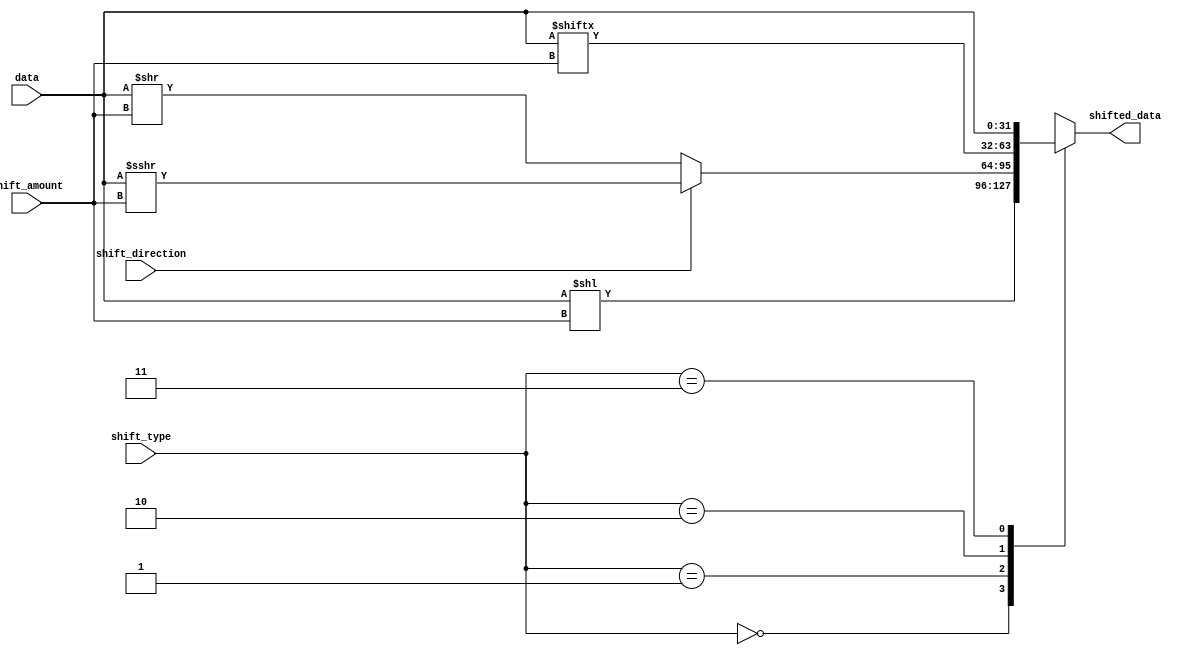
module barrel_shifter (
    input [31:0] data,
    input [4:0] shift_amount,
    input shift_direction,
    input [1:0] shift_type,
    output reg [31:0] shifted_data
);

always @ (data or shift_amount or shift_direction or shift_type)
begin
    case (shift_type)
        2'b00: // Left shift
            shifted_data = data << shift_amount;
        2'b01: // Right shift
            if (shift_direction)
                shifted_data = data >>> shift_amount; // Unsigned right shift
            else
                shifted_data = data >> shift_amount; // Arithmetic right shift with sign extension
        2'b10: // Rotate left
            shifted_data = {data[shift_amount-1:0], data[31:shift_amount]};
        2'b11: // Rotate right
            shifted_data = {data[31-shift_amount+1:31], data[31-shift_amount:0]};
    endcase
end

endmodule